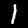
Label: 1